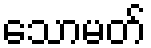
သောမတ်